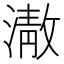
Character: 𭲕